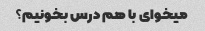
میخوای با هم درس بخونیم؟